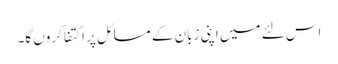
اس لئے میں اپنی زبان کے مسائل پر اکتفا کروں گا۔